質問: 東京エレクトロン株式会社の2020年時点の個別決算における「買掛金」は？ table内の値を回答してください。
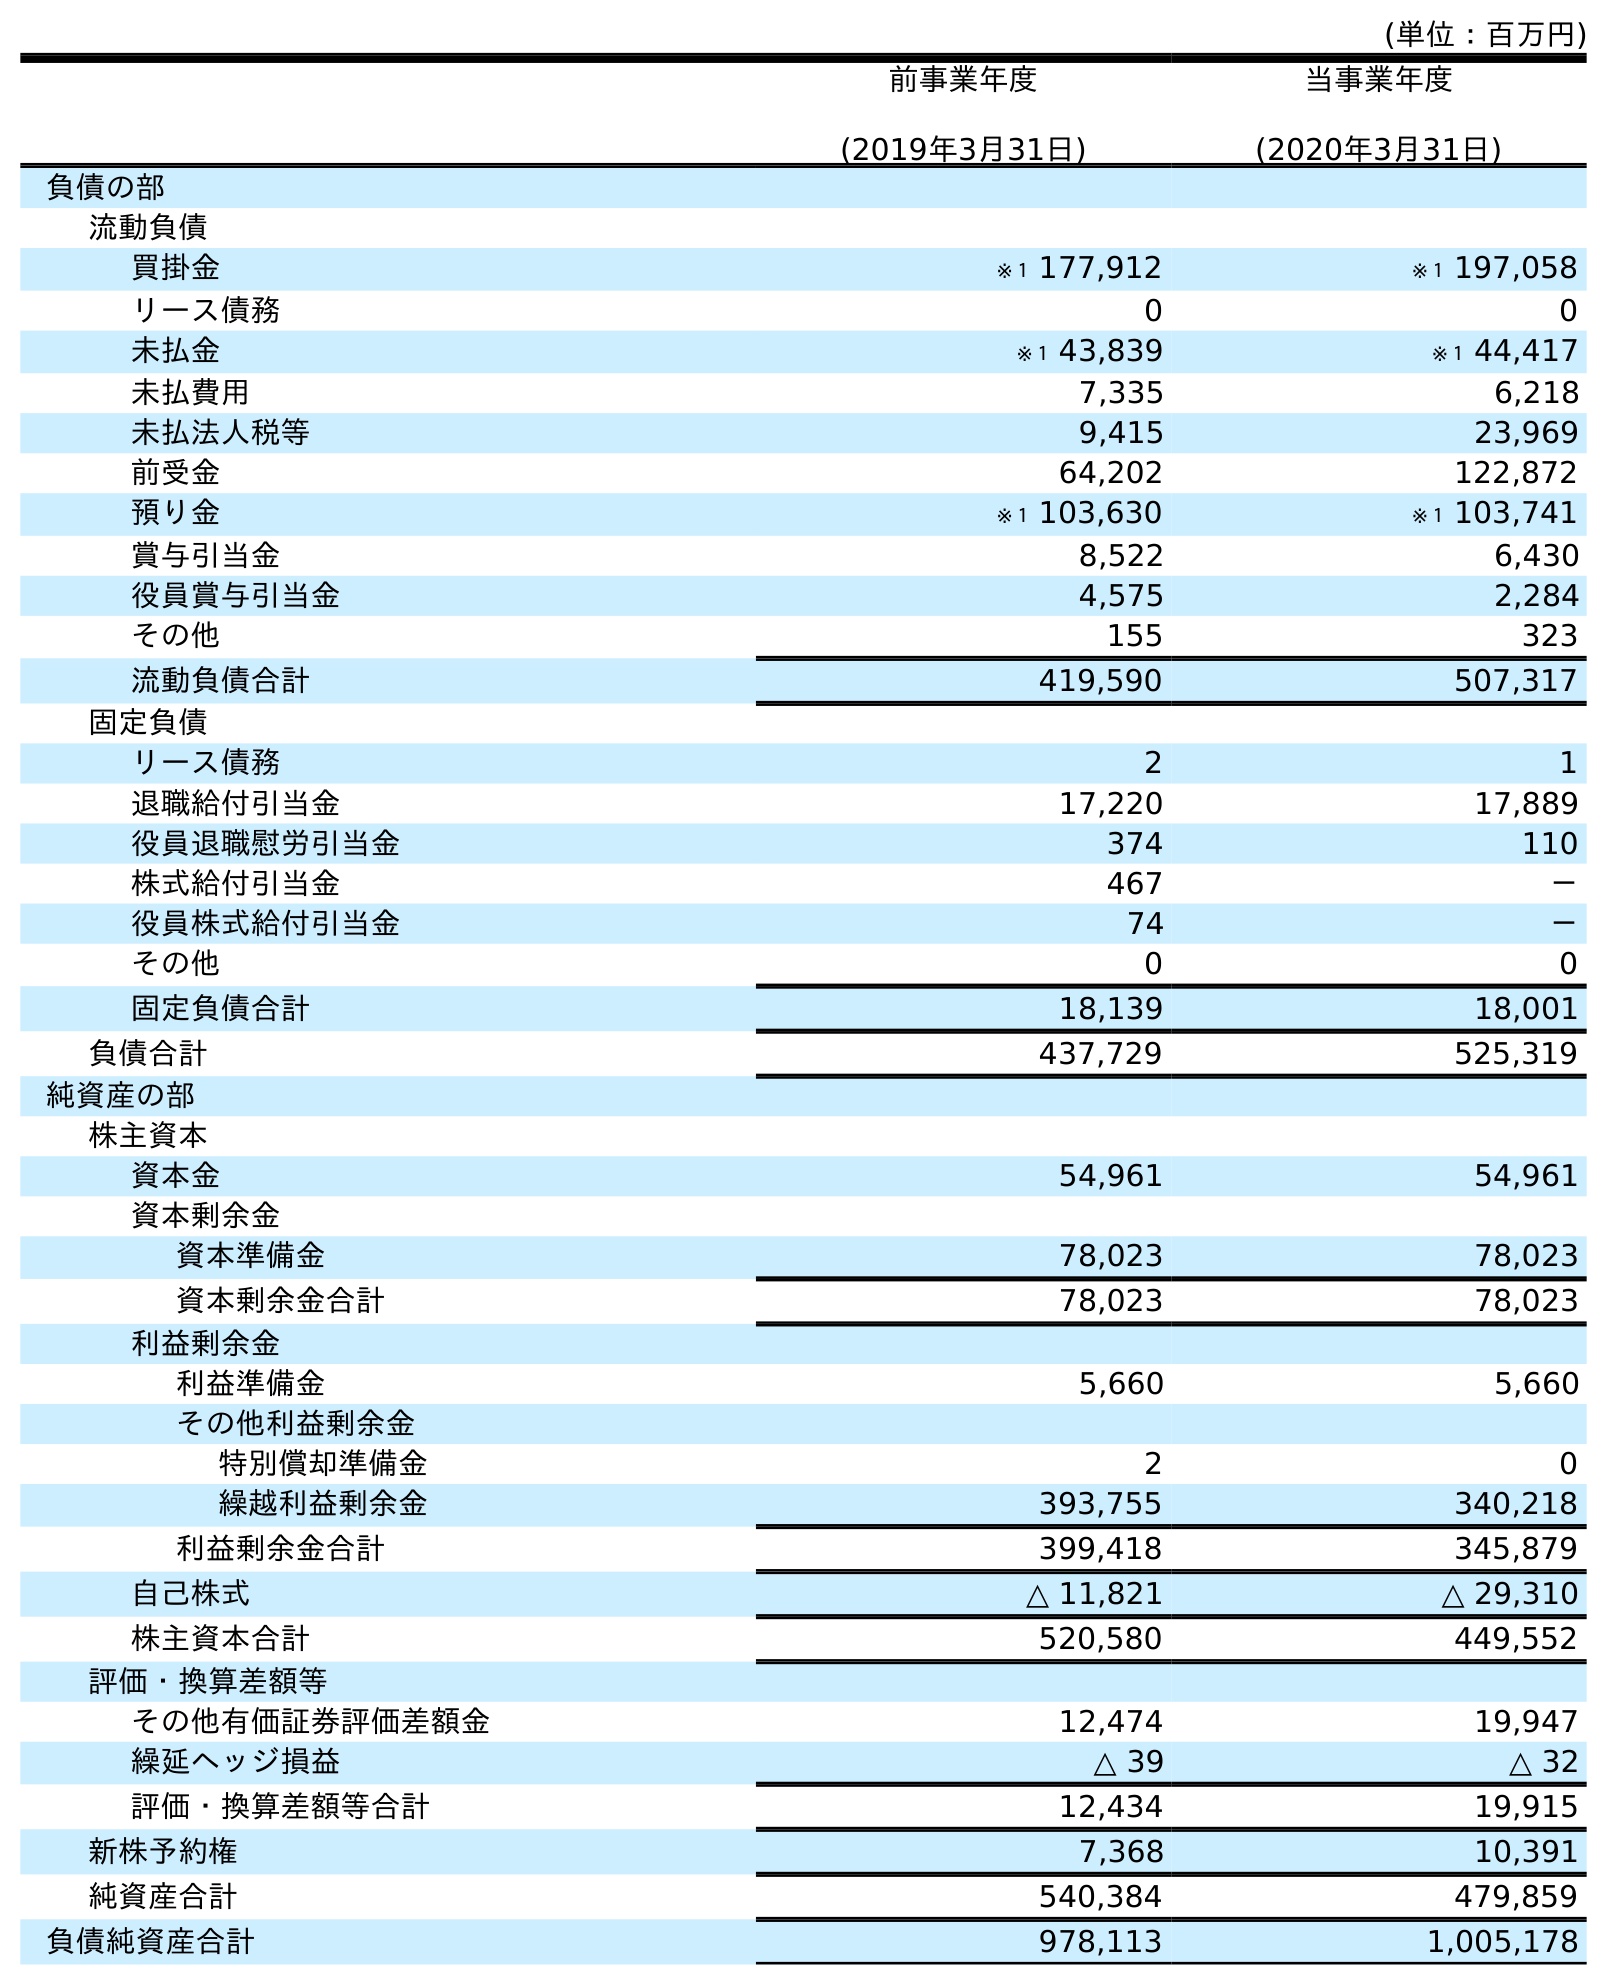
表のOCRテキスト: (単位：百万円) 前事業年度 (2019年3月31日) 当事業年度 (2020年3月31日) 負債の部 流動負債 買掛金 ※１ 177,912 ※１ 197,058 リース債務 0 0 未払金 ※１ 43,839 ※１ 44,417 未払費用 7,335 6,218 未払法人税等 9,415 23,969 前受金 64,202 122,872 預り金 ※１ 103,630 ※１ 103,741 賞与引当金 8,522 6,430 役員賞与引当金 4,575 2,284 その他 155 323 流動負債合計 419,590 507,317 固定負債 リース債務 2 1 退職給付引当金 17,220 17,889 役員退職慰労引当金 374 110 株式給付引当金 467 － 役員株式給付引当金 74 － その他 0 0 固定負債合計 18,139 18,001 負債合計 437,729 525,319 純資産の部 株主資本 資本金 54,961 54,961 資本剰余金 資本準備金 78,023 78,023 資本剰余金合計 78,023 78,023 利益剰余金 利益準備金 5,660 5,660 その他利益剰余金 特別償却準備金 2 0 繰越利益剰余金 393,755 340,218 利益剰余金合計 399,418 345,879 自己株式 △ 11,821 △ 29,310 株主資本合計 520,580 449,552 評価・換算差額等 その他有価証券評価差額金 12,474 19,947 繰延ヘッジ損益 △ 39 △ 32 評価・換算差額等合計 12,434 19,915 新株予約権 7,368 10,391 純資産合計 540,384 479,859 負債純資産合計 978,113 1,005,178
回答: ※１197,058